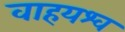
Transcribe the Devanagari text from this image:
वाहयश्व